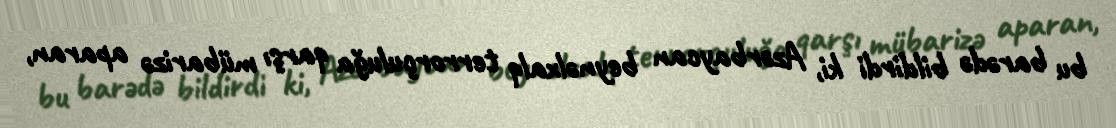
bu barədə bildirdi ki, Azərbaycan beynəlxalq terrorçuluğa qarşı mübarizə aparan,